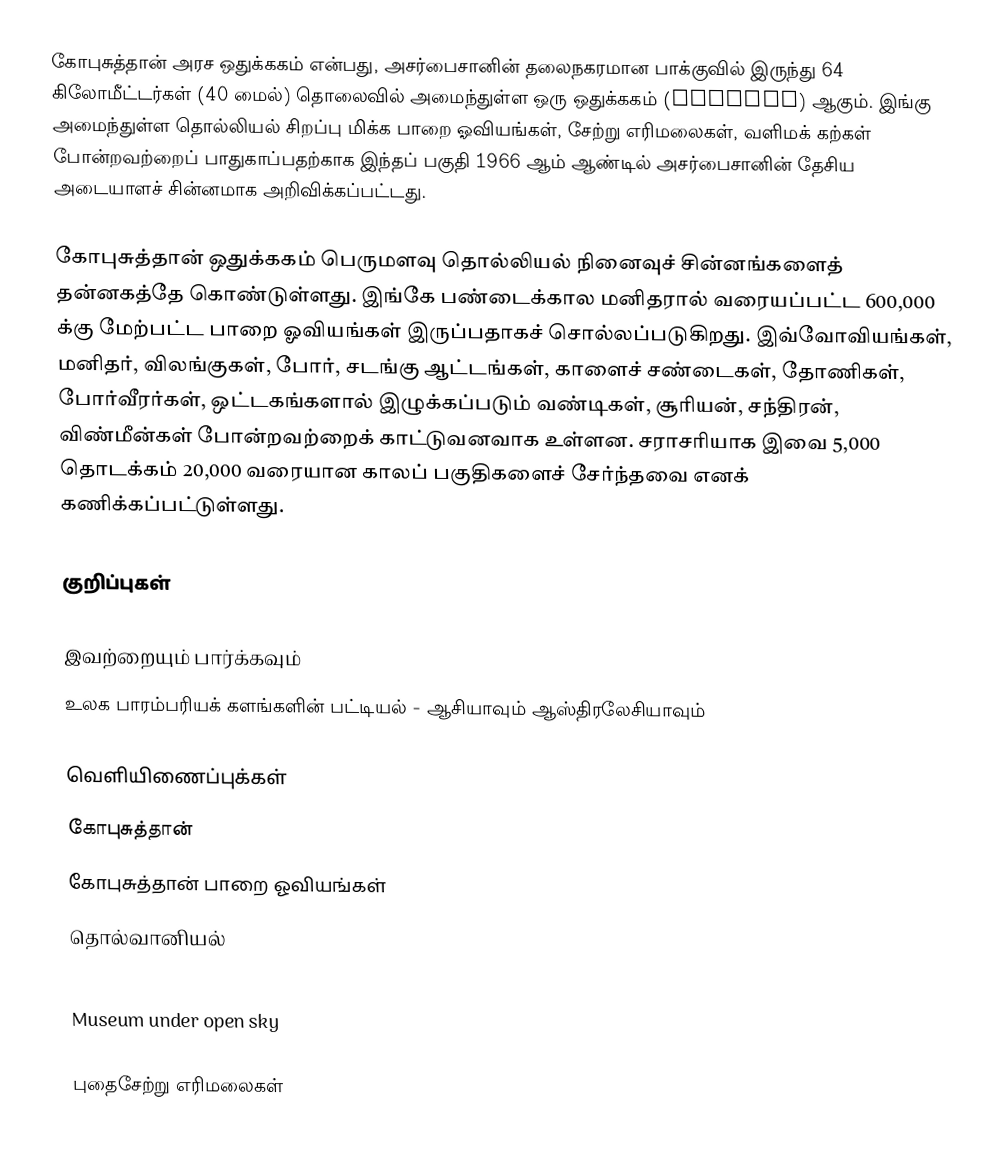
கோபுசுத்தான் அரச ஒதுக்ககம் என்பது, அசர்பைசானின் தலைநகரமான பாக்குவில் இருந்து 64 கிலோமீட்டர்கள் (40 மைல்) தொலைவில் அமைந்துள்ள ஒரு ஒதுக்ககம் (Reserve) ஆகும். இங்கு அமைந்துள்ள தொல்லியல் சிறப்பு மிக்க பாறை ஓவியங்கள், சேற்று எரிமலைகள், வளிமக் கற்கள் போன்றவற்றைப் பாதுகாப்பதற்காக இந்தப் பகுதி 1966 ஆம் ஆண்டில் அசர்பைசானின் தேசிய அடையாளச் சின்னமாக அறிவிக்கப்பட்டது.

கோபுசுத்தான் ஒதுக்ககம் பெருமளவு தொல்லியல் நினைவுச் சின்னங்களைத் தன்னகத்தே கொண்டுள்ளது. இங்கே பண்டைக்கால மனிதரால் வரையப்பட்ட 600,000 க்கு மேற்பட்ட பாறை ஓவியங்கள் இருப்பதாகச் சொல்லப்படுகிறது. இவ்வோவியங்கள், மனிதர், விலங்குகள், போர், சடங்கு ஆட்டங்கள், காளைச் சண்டைகள், தோணிகள், போர்வீரர்கள், ஒட்டகங்களால் இழுக்கப்படும் வண்டிகள், சூரியன், சந்திரன், விண்மீன்கள் போன்றவற்றைக் காட்டுவனவாக உள்ளன. சராசரியாக இவை 5,000 தொடக்கம் 20,000 வரையான காலப் பகுதிகளைச் சேர்ந்தவை எனக் கணிக்கப்பட்டுள்ளது.

குறிப்புகள்

இவற்றையும் பார்க்கவும்
 உலக பாரம்பரியக் களங்களின் பட்டியல் - ஆசியாவும் ஆஸ்திரலேசியாவும்

வெளியிணைப்புக்கள்
 கோபுசுத்தான்
 கோபுசுத்தான் பாறை ஓவியங்கள்
 தொல்வானியல்
 Qobustan petroglyphs
 Museum under open sky

புதைசேற்று எரிமலைகள்